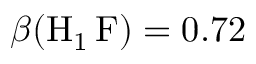
\beta ( \mathrm { H } _ { 1 } \, \mathrm { F } ) = 0 . 7 2